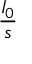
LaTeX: \frac { I _ { 0 } } { s }